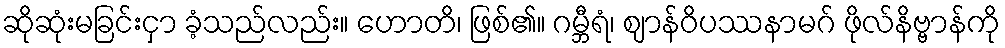
ဆိုဆုံးမခြင်းငှာ ခံ့သည်လည်း။ ဟောတိ၊ ဖြစ်၏။ ဂမ္ဘီရံ၊ ဈာန်ဝိပဿနာမဂ် ဖိုလ်နိဗ္ဗာန်ကို